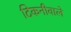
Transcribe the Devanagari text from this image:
टिकनीवाले